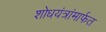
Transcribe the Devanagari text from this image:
शोधयंत्रांमार्फत